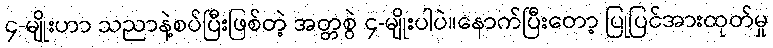
၄-မျိုးဟာ သညာနဲ့စပ်ပြီးဖြစ်တဲ့ အတ္တစွဲ ၄-မျိုးပါပဲ။နောက်ပြီးတော့ ပြုပြင်အားထုတ်မှု